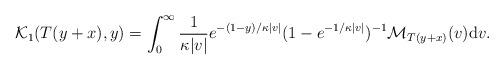
LaTeX: \begin{align*} \mathcal{K}_1(T(y+x), y) = \int_0^\infty \frac{1}{\kappa |v|} e^{-(1-y)/\kappa |v|}(1-e^{-1/\kappa|v|})^{-1} \mathcal{M}_{T(y+x)}(v) \mathrm{d}v. \end{align*}